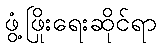
ဖွံ့ဖြိုးရေးဆိုင်ရာ